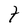
Character: t